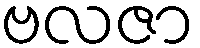
ဗလဇာ